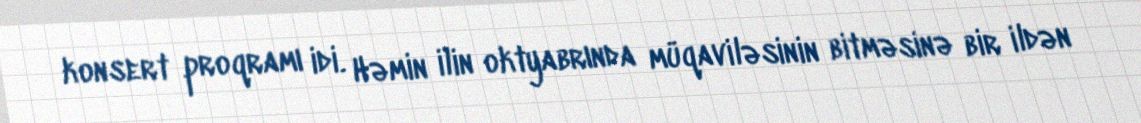
konsert proqramı idi. Həmin ilin oktyabrında müqaviləsinin bitməsinə bir ildən